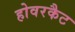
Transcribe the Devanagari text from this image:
होवरकैट